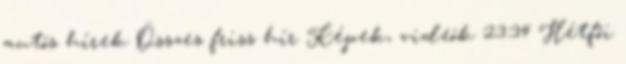
autós hírek Összes friss hír Képek, videók 23:34 Hétfői